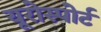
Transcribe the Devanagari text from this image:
यूरोस्पोर्ट